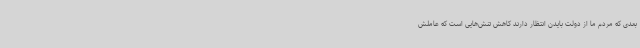
بعدی که مردم ما از دولت بایدن انتظار دارند کاهش تنش‌هایی است که عاملش